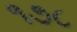
૧૭૮